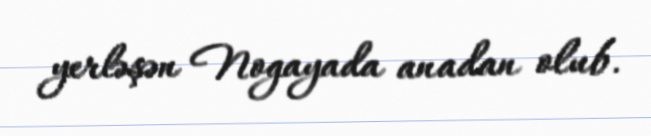
yerləşən Nogayada anadan olub.